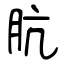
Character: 肮